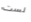
لست